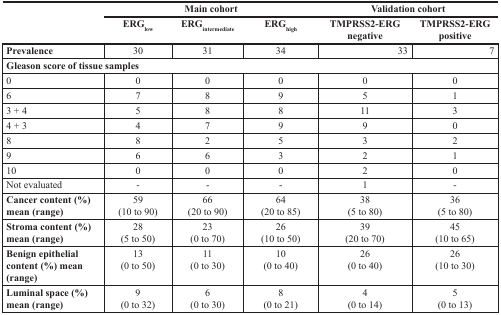
<table><thead><tr><td rowspan="2"></td><td colspan="3"><b>Main cohort</b></td><td colspan="2"><b>Validation cohort</b></td></tr><tr><td><b>ERG<sub>low</sub></b></td><td><b>ERG<sub>intermediate</sub></b></td><td><b>ERG<sub>high</sub></b></td><td><b>TMPRSS2-ERG negative</b></td><td><b>TMPRSS2-ERG positive</b></td></tr></thead><tbody><tr><td><b>Prevalence</b></td><td>30</td><td>31</td><td>34</td><td>33</td><td>7</td></tr><tr><td colspan="6"><b>Gleason score of tissue samples</b></td></tr><tr><td>0</td><td>0</td><td>0</td><td>0</td><td>0</td><td>0</td></tr><tr><td>6</td><td>7</td><td>8</td><td>9</td><td>5</td><td>1</td></tr><tr><td>3 + 4</td><td>5</td><td>8</td><td>8</td><td>11</td><td>3</td></tr><tr><td>4 + 3</td><td>4</td><td>7</td><td>9</td><td>9</td><td>0</td></tr><tr><td>8</td><td>8</td><td>2</td><td>5</td><td>3</td><td>2</td></tr><tr><td>9</td><td>6</td><td>6</td><td>3</td><td>2</td><td>1</td></tr><tr><td>10</td><td>0</td><td>0</td><td>0</td><td>2</td><td>0</td></tr><tr><td>Not evaluated</td><td>-</td><td>-</td><td>-</td><td>1</td><td>-</td></tr><tr><td><b>Cancer content (%) mean (range)</b></td><td>59 (10 to 90)</td><td>66 (20 to 90)</td><td>64 (20 to 85)</td><td>38 (5 to 80)</td><td>36 (5 to 80)</td></tr><tr><td><b>Stroma content (%) mean (range)</b></td><td>28 (5 to 50)</td><td>23 (0 to 70)</td><td>26 (10 to 50)</td><td>39 (20 to 70)</td><td>45 (10 to 65)</td></tr><tr><td><b>Benign epithelial content (%) mean (range)</b></td><td>13 (0 to 50)</td><td>11 (0 to 30)</td><td>10 (0 to 40)</td><td>26 (0 to 40)</td><td>26 (10 to 30)</td></tr><tr><td><b>Luminal space (%) mean (range)</b></td><td>9 (0 to 32)</td><td>6 (0 to 30)</td><td>8 (0 to 21)</td><td>4 (0 to 14)</td><td>5 (0 to 13)</td></tr></tbody></table>